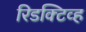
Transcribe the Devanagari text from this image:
रिडक्टिव्ह